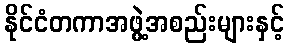
နိုင်ငံတကာအဖွဲ့အစည်းများနှင့်